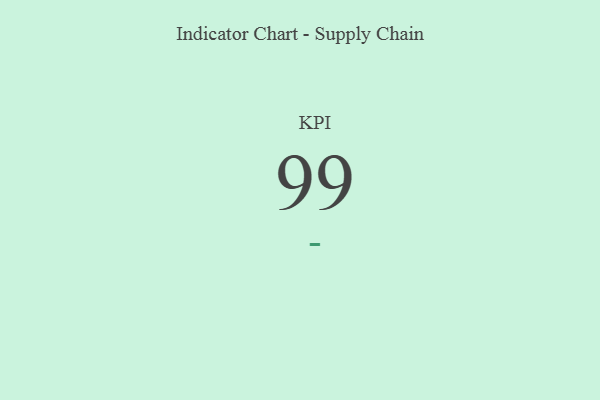
{"axis": {"x": "KPI", "y": "Value"}, "legend": [""], "data": [{"x": "KPI", "y": 99, "type": ""}]}